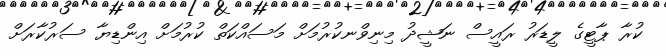
ކުރާ ޕާޓީގެ ލީޑަރު ރައީސް ނަޝީދު މިނިވްނކުރުމަށް މަސައްކަތް ކުރުމަށް އިންޑިޔާ ސަރުކާރަށް